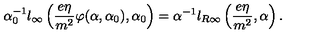
\alpha _ { 0 } ^ { - 1 } l _ { \infty } \left( \frac { e \eta } { m ^ { 2 } } \varphi ( \alpha , \alpha _ { 0 } ) , \alpha _ { 0 } \right) = \alpha ^ { - 1 } l _ { R \infty } \left( \frac { e \eta } { m ^ { 2 } } , \alpha \right) .